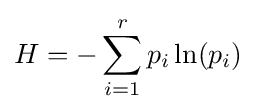
H=-\sum _{i=1}^{r}p_{i}\ln(p_{i})